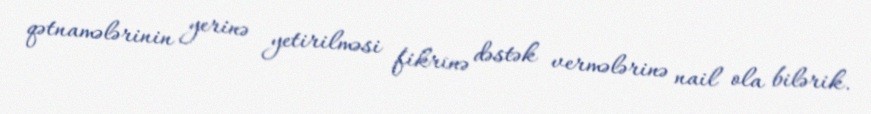
qətnamələrinin yerinə yetirilməsi fikrinə dəstək vermələrinə nail ola bilərik.